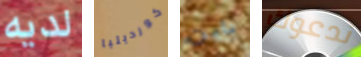
لديه كورديليا باين ندعوك